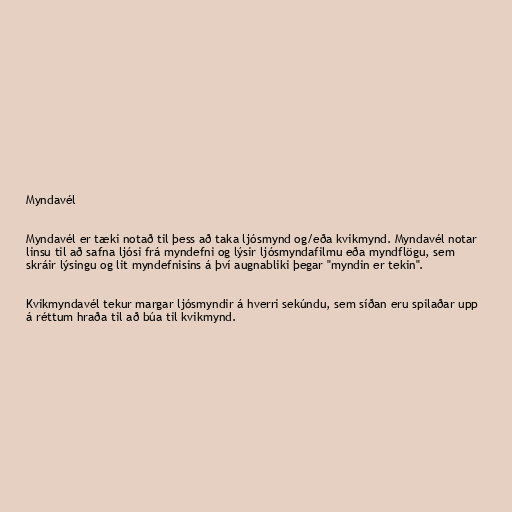
Myndavél

Myndavél er tæki notað til þess að taka ljósmynd og/eða kvikmynd. Myndavél notar
linsu til að safna ljósi frá myndefni og lýsir ljósmyndafilmu eða myndflögu, sem
skráir lýsingu og lit myndefnisins á því augnabliki þegar "myndin er tekin".

Kvikmyndavél tekur margar ljósmyndir á hverri sekúndu, sem síðan eru spilaðar upp
á réttum hraða til að búa til kvikmynd.